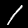
Label: 1